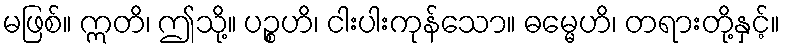
မဖြစ်။ ဣတိ၊ ဤသို့။ ပဉ္စဟိ၊ ငါးပါးကုန်သော။ ဓမ္မေဟိ၊ တရားတို့နှင့်။